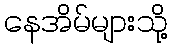
နေအိမ်များသို့